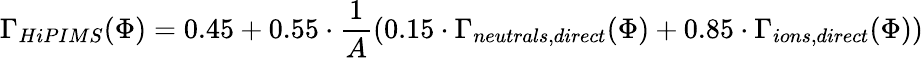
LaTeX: \Gamma_{HiPIMS}(\Phi)=0.45+0.55\cdot\frac{1}{A}\left(0.15\cdot\Gamma_{neutrals,direct}(\Phi)+0.85\cdot\Gamma_{ions,direct}(\Phi)\right)